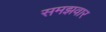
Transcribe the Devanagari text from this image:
समझवार